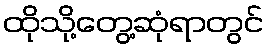
ထိုသို့တွေ့ဆုံရာတွင်